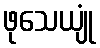
ဖုသေယျုံ